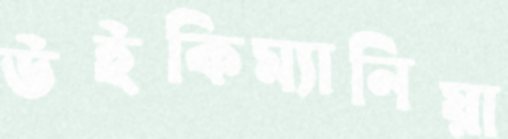
উইকিম্যানিয়া